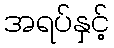
အရပ်နှင့်